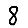
Digit: 8